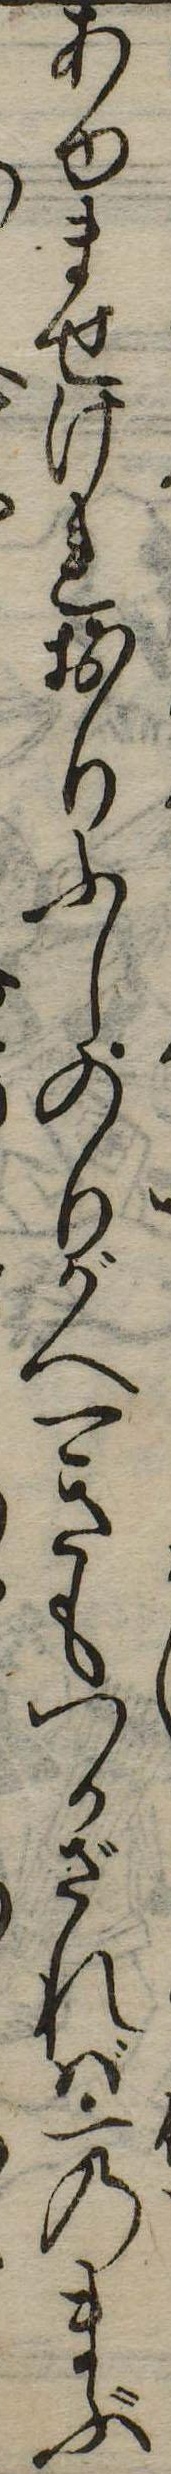
あゆませけれおりふしのりがへ一きもつかざれば一のまぶ